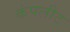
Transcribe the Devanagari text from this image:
कंपलीट